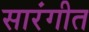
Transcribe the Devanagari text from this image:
सारंगीत